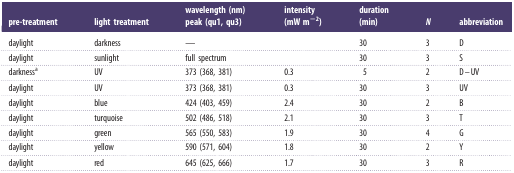
<table><thead><tr><td><b>pre-treatment</b></td><td><b>light treatment</b></td><td><b>wavelength (nm) peak (qu1, qu3)</b></td><td><b>intensity (mW m<sup>−2</sup>)</b></td><td><b>duration (min)</b></td><td><b><i>N</i></b></td><td><b>abbreviation</b></td></tr></thead><tbody><tr><td>daylight</td><td>darkness</td><td>—</td><td></td><td>30</td><td>3</td><td>D</td></tr><tr><td>daylight</td><td>sunlight</td><td>full spectrum</td><td></td><td>30</td><td>3</td><td>S</td></tr><tr><td>darkness<sup>a</sup></td><td>UV</td><td>373 (368, 381)</td><td>0.3</td><td>5</td><td>2</td><td>D–UV</td></tr><tr><td>daylight</td><td>UV</td><td>373 (368, 381)</td><td>0.3</td><td>30</td><td>3</td><td>UV</td></tr><tr><td>daylight</td><td>blue</td><td>424 (403, 459)</td><td>2.4</td><td>30</td><td>2</td><td>B</td></tr><tr><td>daylight</td><td>turquoise</td><td>502 (486, 518)</td><td>2.1</td><td>30</td><td>3</td><td>T</td></tr><tr><td>daylight</td><td>green</td><td>565 (550, 583)</td><td>1.9</td><td>30</td><td>4</td><td>G</td></tr><tr><td>daylight</td><td>yellow</td><td>590 (571, 604)</td><td>1.8</td><td>30</td><td>2</td><td>Y</td></tr><tr><td>daylight</td><td>red</td><td>645 (625, 666)</td><td>1.7</td><td>30</td><td>3</td><td>R</td></tr></tbody></table>